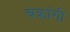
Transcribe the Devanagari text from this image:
चक्रांगी